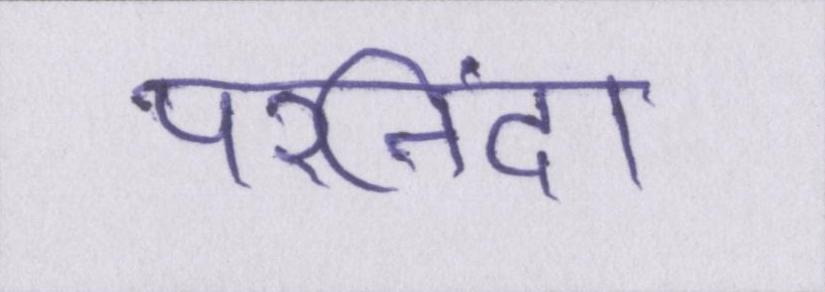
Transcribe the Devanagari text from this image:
परनिंदा